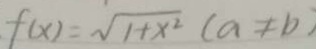
f ( x ) = \sqrt { 1 + x ^ { 2 } } ( a \neq b )